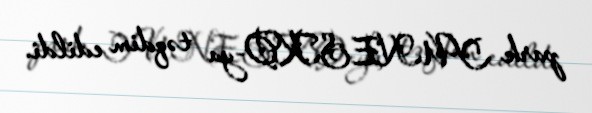
park YUNESKO-ya təqdim edildi.